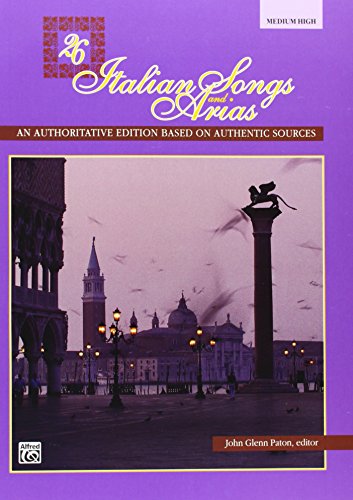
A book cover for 26 Italian Songs and Arias: An Authoritive Edition Based on Authentic Sources [Medium / High] (Italian and English Edition); Humor & Entertainment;